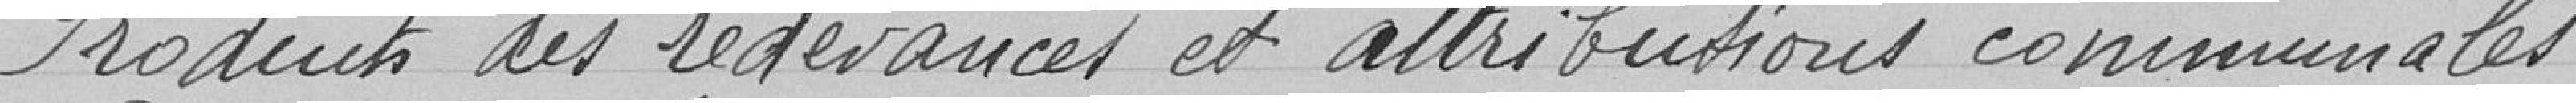
Produit des redevances et attributions communales